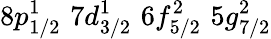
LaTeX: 8p_{1/2}^{1}\, \, 7d_{3/2}^{1}\, \, 6f_{5/2}^{2}\, \, 5g_{7/2}^{2}